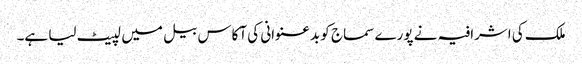
ملک کی اشرافیہ نے پورے سماج کو بدعنوانی کی آکاس بیل میں لپیٹ لیا ہے۔